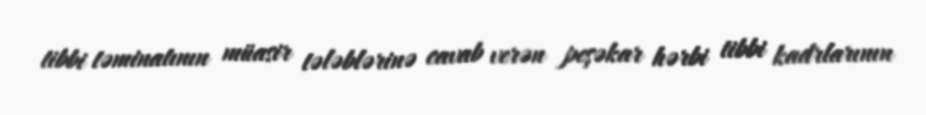
tibbi təminatının müasir tələblərinə cavab verən peşəkar hərbi tibbi kadrlarının